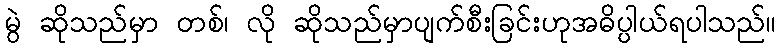
မွဲ ဆိုသည်မှာ တစ်၊ လို ဆိုသည်မှာပျက်စီးခြင်းဟုအဓိပ္ပါယ်ရပါသည်။